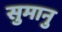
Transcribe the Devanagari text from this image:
सुमानु